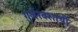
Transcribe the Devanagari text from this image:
गुर्जरवंशाची